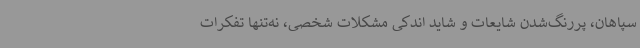
سپاهان، پررنگ‌شدن شایعات و شاید اندکی مشکلات شخصی، نه‌تنها تفکرات